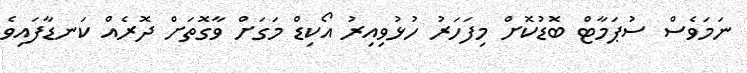
ނަމަވެސް ސުޕަމާޓް ބޮޑުކޮށް މިފަހަރު ހުޅުވިއިރު އޯކިޑް މަގަށް ވާގޮތަށް ދޮރެއް ކަނޑާފައިވެ